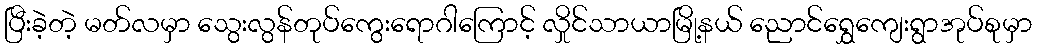
ပြီးခဲ့တဲ့ မတ်လမှာ သွေးလွန်တုပ်ကွေးရောဂါကြောင့် လှိုင်သာယာမြို့နယ် ညောင်ရွှေကျေးရွာအုပ်စုမှာ